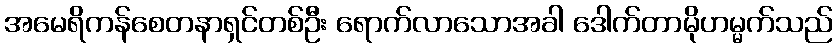
အမေရိကန်စေတနာရှင်တစ်ဦး ရောက်လာသောအခါ ဒေါက်တာမိုဟမ္မက်သည်